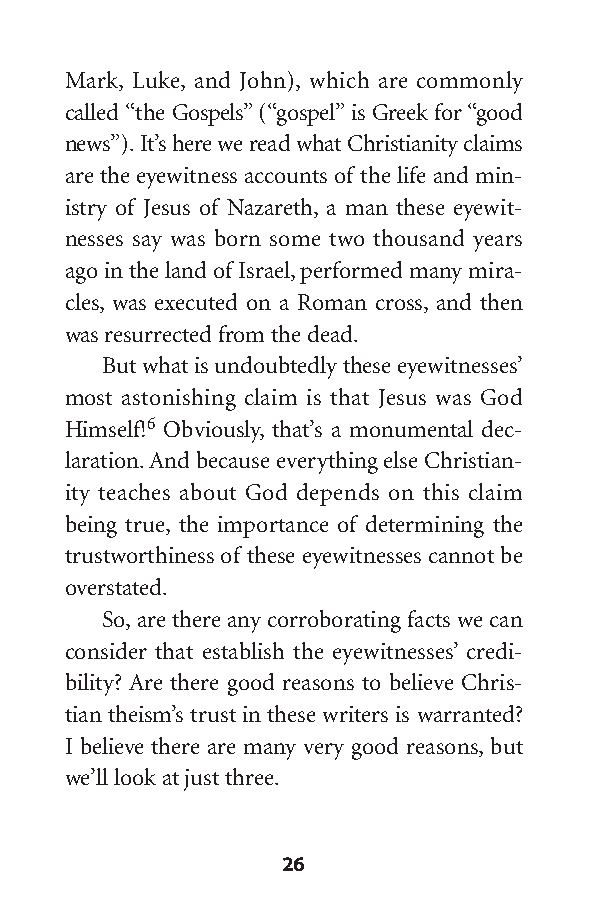
Mark, Luke, and John), which are commonly
 called “the Gospels”(“gospel”is Greek for “good
 news”).It’s here we read what Christianity claims
 are the eyewitness accounts of the life and min-
 istry of Jesus of Nazareth, a man these eyewit-
 nesses say was born some two thousand years
 ago in the land of Israel,performed many mira-
 cles, was executed on a Roman cross, and then
 was resurrected from the dead.
 But what is undoubtedly these eyewitnesses’
 most astonishing claim is that Jesus was God
 Himself!6 Obviously, that’s a monumental dec-
 laration.And because everything else Christian-
 ity teaches about God depends on this claim
 being true, the importance of determining the
 trustworthiness of these eyewitnesses cannot be
 overstated.
 So,are there any corroborating facts we can
 consider that establish the eyewitnesses’ credi-
 bility? Are there good reasons to believe Chris-
 tian theism’s trust in these writers is warranted?
 I believe there are many very good reasons,but
 we’ll look at just three.
 26